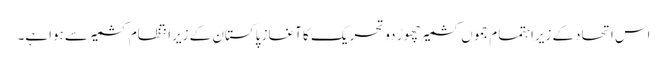
اس اتحادکے زیراہتمام جموں کشمیرچھوڑ دو تحریک کا آغاز پاکستان کے زیرانتظام کشمیر سے ہواہے۔